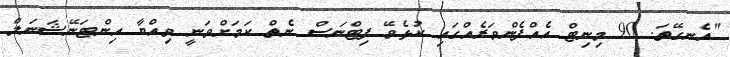
"އެނގޭތަ. 90 މިނިޓް އެއްފެންވަރެއްގައި ކުޅެވޭ ފިޓްނަސް ނެތް ކަމަށްވަނީ ވިއްޔާ އިންޓަނޭޝަނަލް